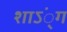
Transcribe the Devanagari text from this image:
शाऽं्ग